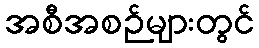
အစီအစဉ်များတွင်